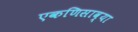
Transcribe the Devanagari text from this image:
एकणिसाव्या